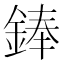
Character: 𫒩